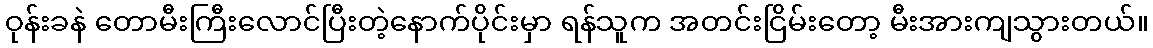
ဝုန်းခနဲ တောမီးကြီးလောင်ပြီးတဲ့နောက်ပိုင်းမှာ ရန်သူက အတင်းငြိမ်းတော့ မီးအားကျသွားတယ်။